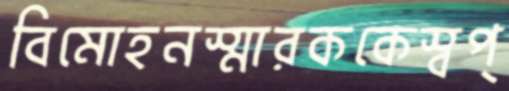
বিমোহনস্মারককেস্বপ্